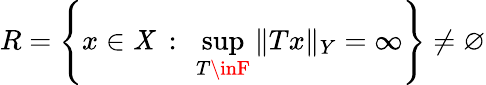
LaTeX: R=\left\{ x\in\mathit{X}\ :\ \sup_{T\inF}\| Tx\| _{Y}=\infty\right\} \neq\varnothing